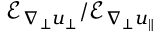
\mathcal { E } _ { \nabla _ { \perp } u _ { \perp } } / \mathcal { E } _ { \nabla _ { \perp } u _ { \| } }